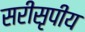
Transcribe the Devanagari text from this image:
सरीसृपीय